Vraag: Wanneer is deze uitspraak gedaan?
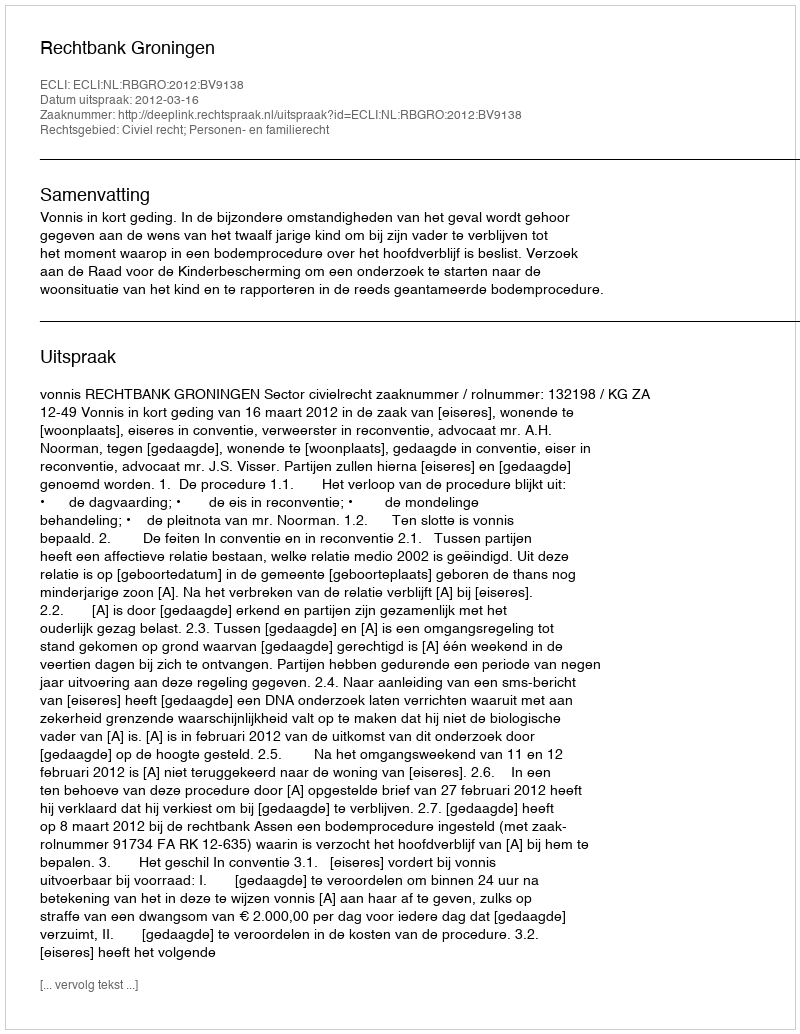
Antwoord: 2012-03-16